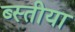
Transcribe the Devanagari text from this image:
ब्स्तीया